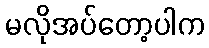
မလိုအပ်တော့ပါက